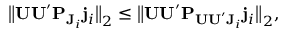
\big \| \mathbf { U U } ^ { \prime } \mathbf { P } _ { \mathbf { J } _ { i } } \mathbf { j } _ { i } \big \| _ { 2 } \leq \big \| \mathbf { U U } ^ { \prime } \mathbf { P } _ { \mathbf { U U } ^ { \prime } \mathbf { J } _ { i } } \mathbf { j } _ { i } \big \| _ { 2 } ,